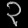
Digit: ၃